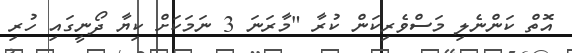
އޮތް ކަންނެލި މަސްވެރިކަން ކުރާ "މާރަނަ 3 ނަމަކަށް ކިޔާ ދޯނީގައި ހުރި